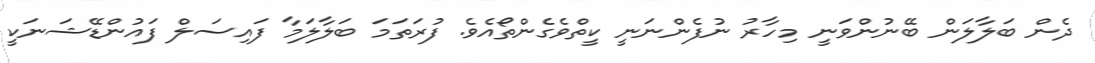
ދެން ބަލާލަން ބޭނުންވަނީ މިހާރު ނުފެންނަނީ ކީތްވެގެންތޯއެވެ. ފުރަތަމަ ބަލާލަމާ ފައިސަލް ފައުންޑޭޝަނަކީ